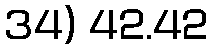
34) 42.42